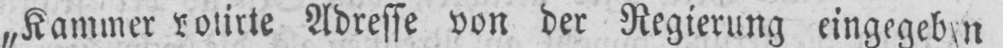
Adresse von der Regierung eingegeben